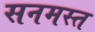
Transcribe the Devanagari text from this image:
सनमस्त